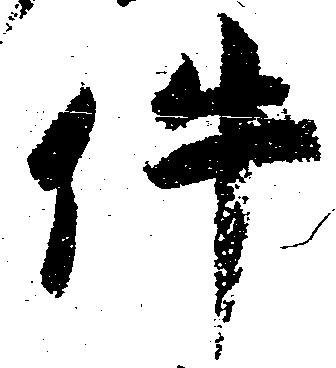
件